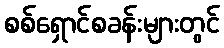
စစ်ရှောင်စခန်းများတွင်